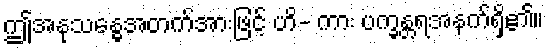
ဤအနုသန္ဓေအတက်အားဖြင့် ဟိ- ကား ပက္ခန္တရအနက်ရှိ၏။